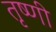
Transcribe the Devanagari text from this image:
तृष्णी